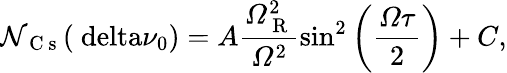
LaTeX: \mathcal{N}_{\mathrm{{~C~s~}}}(\mathrm{{\ delta}}\nu_{0})=A\frac{{\mathit{{\Omega}}_{\mathrm{{~R~}}}^{2}}}{{\mathit{{\Omega}}^{2}}}\sin^{2}\left(\frac{{\mathit{{\Omega}}\mathit{{\tau}}}}{{2}}\right)+C,